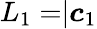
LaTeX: L_{1}=\rvert\boldsymbol c_{1}